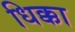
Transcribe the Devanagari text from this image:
धिक्का